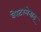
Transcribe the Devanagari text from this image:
वेस्टरमेनाइ